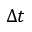
\Delta t